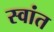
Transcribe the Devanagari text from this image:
स्वांत